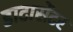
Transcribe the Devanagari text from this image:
डाटासेंटर